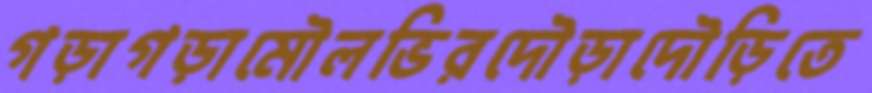
গড়াগড়ামৌলভিরদৌড়াদৌড়িতে